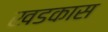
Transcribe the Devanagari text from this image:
खडकास